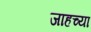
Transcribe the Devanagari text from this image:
जाहच्या